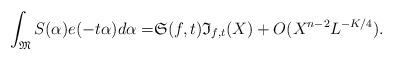
LaTeX: \begin{align*}\int_{\mathfrak{M}}S(\alpha)e(-t\alpha)d\alpha=&\mathfrak{S}(f,t)\mathfrak{I}_{f,t}(X)+O(X^{n-2}L^{-K/4}).\end{align*}